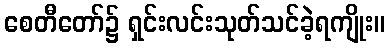
စေတီတော်၌ ရှင်းလင်းသုတ်သင်ခဲ့ရကျိုး။